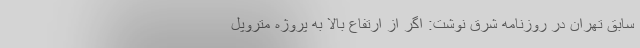
سابق تهران در روزنامه شرق نوشت: اگر از ارتفاع بالا به پروژه متروپل